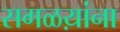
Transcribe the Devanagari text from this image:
सगळय़ांना